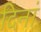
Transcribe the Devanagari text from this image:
दिनां